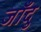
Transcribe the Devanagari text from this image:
जाँदु